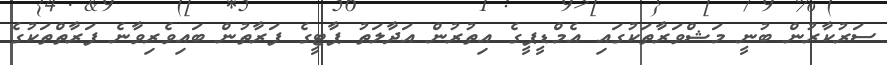
ސަރުކާރުން ބުނީ މަޝްވަރާތަކުގައި އެމްޑީޕީގެ އިތުރުން އަދާލަތު ޕާޓީގެ ފަރާތުން ބައިވެރިވާނެ ފަރާތްތަކުގެ